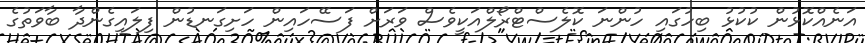
އަނެއްކޮޅުން ކުކުޅު ބިހުގައި ހުންނަ ކޮލެސްޓްރޯލްއަކީވެސް ވަރަށް ފަސޭހައިން ހަށިގަނޑުން ފިލައިގެންދާ ބާވަތުގެ